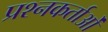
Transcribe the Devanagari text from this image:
प्रश्नकर्ताओं